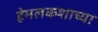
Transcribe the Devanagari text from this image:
हेमलकशाच्या